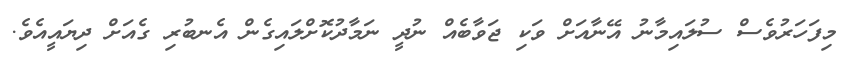
މިފަހަރުވެސް ސުލައިމާނު އޭނާއަށް ވަކި ޖަވާބެއް ނުދީ ނަމާދުކޮށްލައިގެން އެނބުރި ގެއަށް ދިޔައީއެވެ.